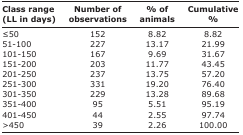
| Class range (LL in days) | Number of observations | % of animals | Cumulative % |
 | --- | --- | --- | --- |
 | ≤50 | 152 | 8.82 | 8.82 |
 | 51-100 | 227 | 13.17 | 21.99 |
 | 101-150 | 167 | 9.69 | 31.67 |
 | 151-200 | 203 | 11.77 | 43.45 |
 | 201-250 | 237 | 13.75 | 57.20 |
 | 251-300 | 331 | 19.20 | 76.40 |
 | 301-350 | 229 | 13.28 | 89.68 |
 | 351-400 | 95 | 5.51 | 95.19 |
 | 401-450 | 44 | 2.55 | 97.74 |
 | >450 | 39 | 2.26 | 100.00 |